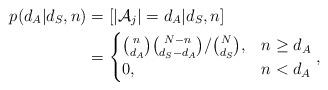
LaTeX: \begin{align*} p ( d_A | d_S, n ) & = [ |\mathcal{A}_j| = d_A | d_S , n ] \\ & = \begin{cases} { n \choose d_A } { N - n \choose { d_S - d_A } } / { N \choose d_S}, & n \geq d_A \\ 0, & n < d_A \end{cases},\end{align*}